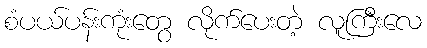
စံပယ်ပန်းကုံးတွေ လိုက်ပေးတဲ့ လူကြီးလေ